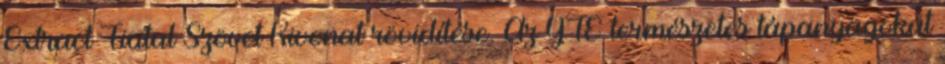
Extract Fiatal Szövet Kivonat rövidítése. Az YTE természetes tápanyagokat